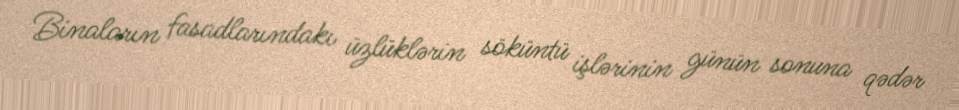
Binaların fasadlarındakı üzlüklərin söküntü işlərinin günün sonuna qədər